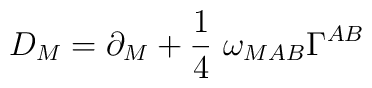
D_M = \partial_M + {1\over 4}~\omega_{MAB} \Gamma^{AB}